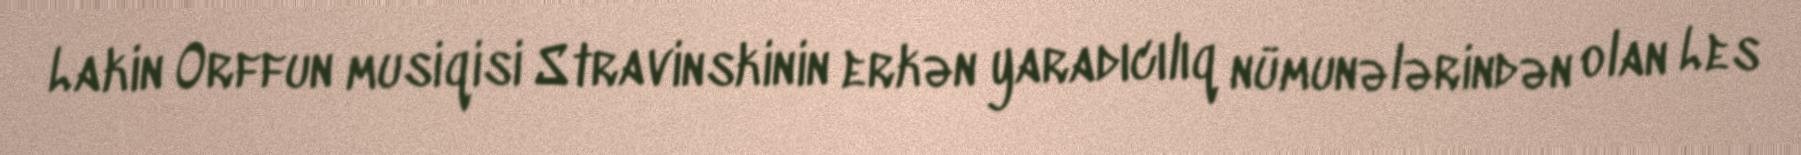
Lakin Orffun musiqisi Stravinskinin erkən yaradıcılıq nümunələrindən olan Les